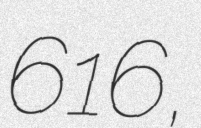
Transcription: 616,